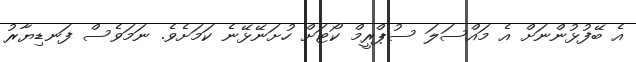
އެ ބޭފުޅުންނަށް އެ މައްސަލަ ސުޕްރީމް ކޯޓަށް ހުށަނޭޅޭނެ ކަމަށެވެ. ނަމަވެސް ފަނޑިޔާރު